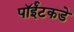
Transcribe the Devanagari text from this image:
पॉईंटकडे